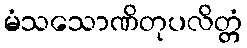
မံသသောဏိတုပလိတ္တံ